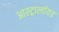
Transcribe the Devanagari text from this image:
आस्ट्रालॉयड